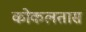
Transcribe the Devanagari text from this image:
कोकलतास